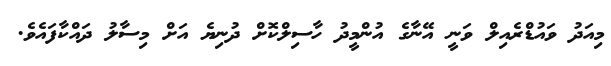
މިއަދު ވައުޑްރެއިލް ވަނީ އޭނާގެ އުންމީދު ހާސިލްކޮށް ދުނިޔެ އަށް މިސާލު ދައްކާފައެވެ.